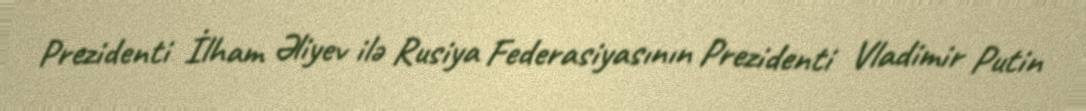
Prezidenti İlham Əliyev ilə Rusiya Federasiyasının Prezidenti Vladimir Putin